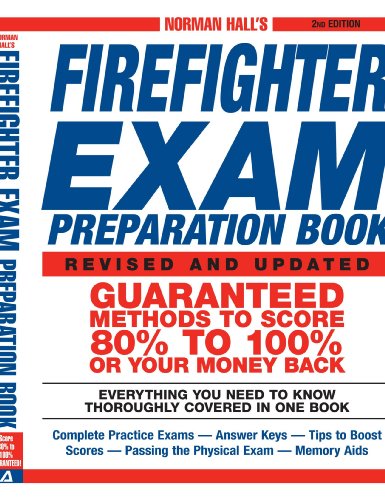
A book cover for Norman Hall's Firefighter Exam Preparation Book; Norman Hall; Test Preparation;